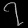
Digit: ၇